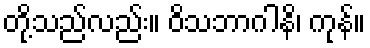
တို့သည်လည်း။ ဝိသဘာဂါနိ၊ ကုန်။